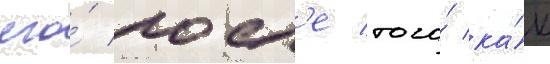
его́ посл'е того́ ка́к